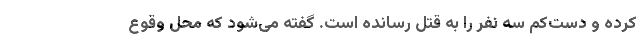
کرده و دست‌کم سه نفر را به قتل رسانده است. گفته می‌شود که محل وقوع